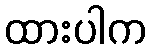
ထားပါက